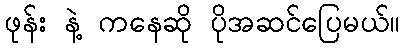
ဖုန်း နဲ့ ကနေဆို ပိုအဆင်ပြေမယ်။